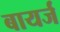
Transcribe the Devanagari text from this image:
बायर्ज